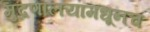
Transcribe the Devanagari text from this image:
मुद्रणालयामधूनच